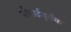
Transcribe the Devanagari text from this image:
सौहार्द्रपूर्वक